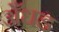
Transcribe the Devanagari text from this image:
अँधड